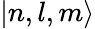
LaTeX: |n,l,m\rangle